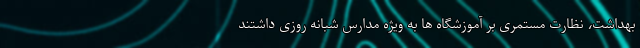
بهداشت، نظارت مستمری بر آموزشگاه ها به ویژه مدارس شبانه روزی داشتند